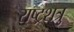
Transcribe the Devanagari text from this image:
राष्ट्रशत्रु